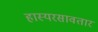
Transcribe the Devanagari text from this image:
हास्यरसावतार